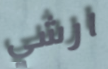
ارشي